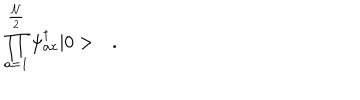
LaTeX: \prod _ { a = 1 } ^ { \frac { \cal N } { 2 } } \psi _ { a x } ^ { \dagger } | 0 > \quad .